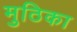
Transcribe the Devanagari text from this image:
मुठिका